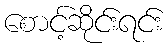
စောင့်ဆိုင်းရင်း